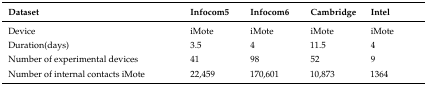
<table><thead><tr><td><b>Dataset</b></td><td><b>Infocom5</b></td><td><b>Infocom6</b></td><td><b>Cambridge</b></td><td><b>Intel</b></td></tr></thead><tbody><tr><td>Device</td><td>iMote</td><td>iMote</td><td>iMote</td><td>iMote</td></tr><tr><td>Duration(days)</td><td>3.5</td><td>4</td><td>11.5</td><td>4</td></tr><tr><td>Number of experimental devices</td><td>41</td><td>98</td><td>52</td><td>9</td></tr><tr><td>Number of internal contacts iMote</td><td>22,459</td><td>170,601</td><td>10,873</td><td>1364</td></tr></tbody></table>